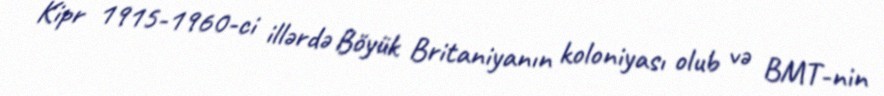
Kipr 1915-1960-ci illərdə Böyük Britaniyanın koloniyası olub və BMT-nin